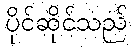
ပိုင်ဆိုင်သည်